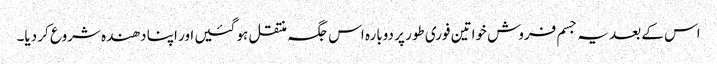
اس کے بعد یہ جسم فروش خواتین فوری طور پر دوبارہ اس جگہ منتقل ہو گئیں اور اپنا دھندہ شروع کر دیا۔